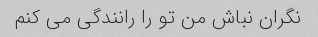
نگران نباش من تو را رانندگی می کنم